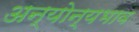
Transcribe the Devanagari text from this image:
अन्योन्यभाव